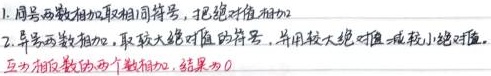
1. 同号两数相加取相同符号，把绝对值相加。
2. 异号两数相加，取较大绝对值的符号，并用较大绝对值减较小绝对值。互为相反数的两个数相加，结果为\(0\)。